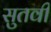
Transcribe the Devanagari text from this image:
सुतवी